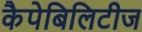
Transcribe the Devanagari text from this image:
कैपेबिलिटीज